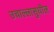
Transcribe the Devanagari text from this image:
उचाल्लासुधील